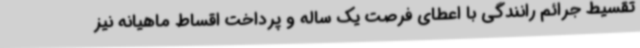
تقسیط جرائم رانندگی با اعطای فرصت یک ساله و پرداخت اقساط ماهیانه نیز